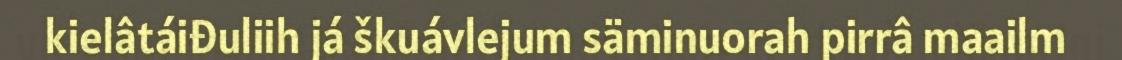
kielâtáiđuliih já škuávlejum säminuorah pirrâ maailm